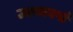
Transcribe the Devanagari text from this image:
उल्कावर्षा